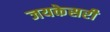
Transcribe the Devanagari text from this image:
जयकेसरी